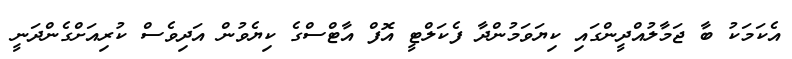
އެކަމަކު ބާ ޖަމާލުއްދީންގައި ކިޔަވަމުންދާ ފެކަލްޓީ އޮފް އާޓްސްގެ ކިޔެވުން އަދިވެސް ކުރިއަށްގެންދަނީ